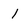
Character: 1